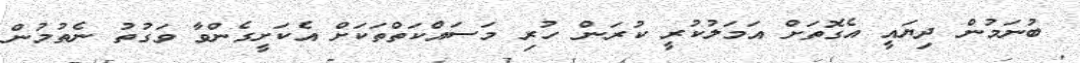
ބުނަމުން ދިޔައީ އެގޮތަށް އަމަލުކުރީ ކުރަން ހުރި މަސައްކަތްތަކަށް އެކަށީގެންވާ ވަގުތު ނެތުމުން